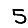
Digit: 5